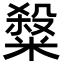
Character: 𥻦